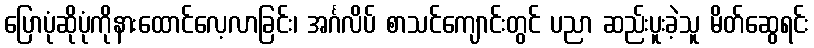
ပြောပုံဆိုပုံကိုနားထောင်လေ့လာခြင်း၊ အင်္ဂလိပ် စာသင်ကျောင်းတွင် ပညာ ဆည်းပူးခဲ့သူ မိတ်ဆွေရင်း